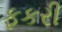
ફકરી